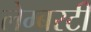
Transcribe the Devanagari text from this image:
लेम्बरटी